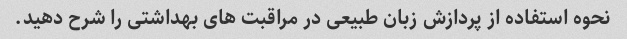
نحوه استفاده از پردازش زبان طبیعی در مراقبت های بهداشتی را شرح دهید.